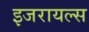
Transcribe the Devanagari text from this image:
इजरायल्स